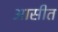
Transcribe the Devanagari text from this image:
आसीत